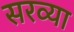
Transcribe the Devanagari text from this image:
सरव्या